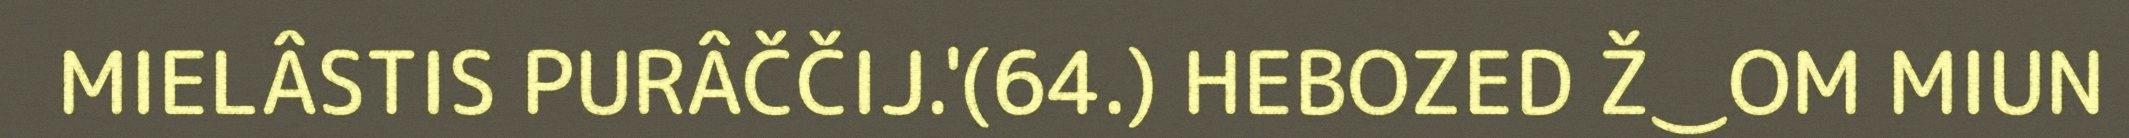
MIELÂSTIS PURÂČČIJ.'(64.) HEBOZED Ž‿OM MIUN